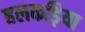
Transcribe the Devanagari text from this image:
हलकड़िया